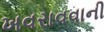
ખવરાવવાની